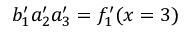
b _ { 1 } ^ { \prime } a _ { 2 } ^ { \prime } a _ { 3 } ^ { \prime } = f _ { 1 } ^ { \prime } ( x = 3 )